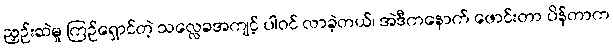
ညှဉ်းဆဲမှု ကြဉ်ရှောင်တဲ့ သလ္လေခအကျင့် ပါဝင် လာခဲ့တယ်၊ အဲဒီကနောက် ဖောင်းတာ ပိန်တာက